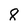
Character: 8